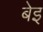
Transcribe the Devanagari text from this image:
बेइ